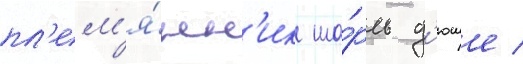
пл'ем'я́нн'ик ша́рль д'юше /